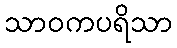
သာဝကပရိသာ